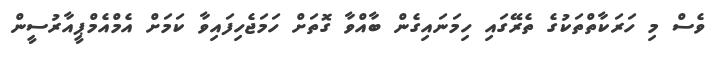
ވެސް މި ހަރަކާތްތަކުގެ ތެރޭގައި ހިމަނައިގެން ބާއްވާ ގޮތަށް ހަަމަޖެހިފައިވާ ކަަމަށް އެމްއެމްޕީއާރުސީން